Vaccination in Bombay 1889-1901 - 1889-1901
Year: 1889
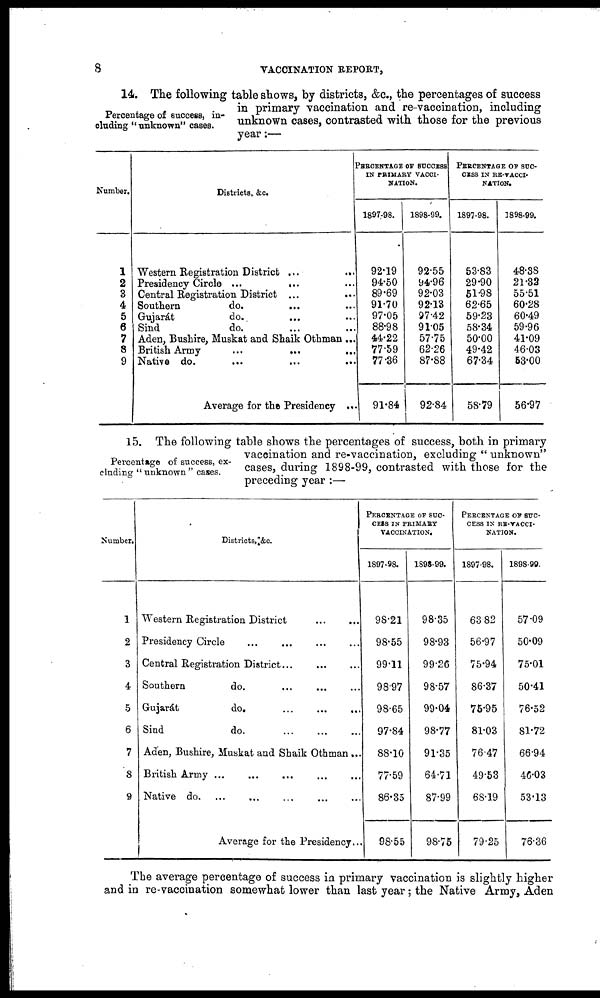
8
VACCINATION REPORT,
Percentage of success, in-
cluding "unknown" cases.
14. The following table shows, by districts, &c., the percentages of success
in primary vaccination and re-vaccination, including
unknown cases, contrasted with those for the previous
year:—
Number.
1
2
3
4
5
6
7
8
9
Districts, &c.
Western Registration District ...
...
Presidency Circle ...
... ...
Central Registration District ... ...
Southern
do. ... ...
Gujarát
do. ... ...
Sind
do. ... ...
Aden, Bushire, Muskat and Shaik Othman ...
British Army
...
...
...
Native do. ... ... ...
Average for the Presidency ...
PERCENTAGE OF SUCCESS
IN PRIMARY VACCI-
NATION.
1897-98.
92.19
94.50
89.69
91.70
97.05
88.98
44.22
77.59
77.36
91.84
1898-99.
92.55
94.96
92.03
92.13
97.42
91.05
57.75
62.26
87.88
92.84
PERCENTAGE OF SUC-
---- IN RE-VACCI-
NATION.
1897-98.
53.83
29.90
51.98
62.65
59.23
58.34
50.00
49.42
67.34
58.79
1898-99.
48.38
21.32
55.51
60.28
60.49
59.96
41.09
46.03
53.00
56.97
Percentage of success, ex-
cluding " unknown " cases.
15. The following table shows the percentages of success, both in primary
vaccination and re-vaccination, excluding " unknown"
cases, during 1898-99, contrasted with those for the
preceding year :—
Number.
1
2
3
4
5
6
7
8
9
Districts, &c.
Western Registration District
...
...
Presidency Circle ... ... ... ...
Central Registration District ... ... ...
Southern
do. ... ... ...
Gujarát
do.
...
...
...
Sind
do. ... ... ...
Aden, Bushire, Muskat and Shaik Othman ...
British Army ...
Native do. ... ... ... ...
Average for the Presidency...
PERCENTAGE OF SUC-
---- IN PRIMARY
VACCINATION.
1897-98.
98.21
98.55
99.11
98.97
98.65
97.84
88.10
77.59
86.35
98.55
1898-99.
98.35
98.93
99.26
98.57
99.04
98.77
91.35
64.71
87.99
98.75
PERCENTAGE OF SUC-
---- IN RE-VACCI¬
NATION.
1897-98.
63.82
56.97
75.94
86.37
75.95
81.03
76.47
49.53
68.19
79.25
1898-99.
57.09
50.09
75.01
50.41
76.52
81.72
66.94
46.03
53.13
76.36
The average percentage of success in primary vaccination is slightly higher
and in re-vaccination somewhat lower than last year; the Native Army, Aden